Report on sanitation, dispensaries, and jails in Rajputana for 1920, and on vaccination for the year 1920-1921 - 1920-1921
Year: 1920
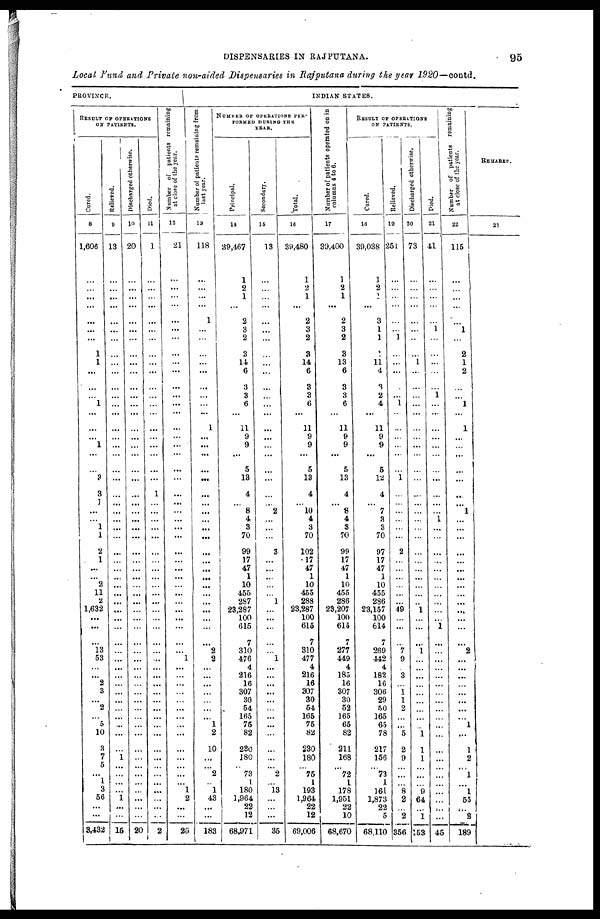
DISPENSARIES IN RAJPUTANA.
95
Local Fund and Private non-aided Dispensaries in Rajputana during the year 1920—contd.
PROVINCE.
RESULT OF OPERATIONS
ON PATIENTS.
Cured.
8
1,606
...
...
...
...
...
...
...
1
1
...
...
...
1
...
...
...
1
...
...
3
3
1
...
...
1
1
2
1
...
...
2
11
2
1,632
...
...
...
13
53
...
...
2
3
...
2
...
5
10
3
7
5
...
1
3
56
...
...
3,432
Relieved.
9
13
...
...
...
...
...
...
...
...
...
...
...
...
...
...
...
...
...
...
...
...
...
...
...
...
...
...
...
...
...
...
...
...
...
...
...
...
...
...
...
...
...
...
...
...
...
...
...
...
...
1
...
...
...
...
1
...
...
15
Discharged otherwise.
10
20
...
...
...
...
...
...
...
...
...
...
...
...
...
...
...
...
...
...
...
...
...
...
...
...
...
...
...
...
...
...
...
...
...
...
...
...
...
...
...
...
...
...
...
...
...
...
...
...
...
...
...
...
...
...
...
...
...
20
Died.
11
1
...
...
...
...
...
...
...
...
...
...
...
...
...
...
...
...
...
...
...
...
1
...
...
...
...
...
...
...
...
...
...
...
...
...
...
...
...
...
...
...
...
...
...
...
...
...
...
...
...
...
...
....
...
...
...
...
...
2
Number of patients remaining
at close of the year.
12
21
...
...
...
...
...
...
...
...
...
...
...
...
...
...
...
...
...
...
...
...
...
...
...
...
...
...
...
...
...
...
...
...
...
...
...
...
...
...
1
...
...
...
...
...
...
...
...
...
...
...
...
...
...
1
2
...
...
25
INDIAN STATES.
Number of patiente remaining from
last year.
13
118
...
...
...
...
1
...
...
...
...
...
...
...
...
...
1
...
...
...
...
...
...
...
...
...
...
...
...
...
...
...
...
...
...
...
...
...
...
2
2
...
...
...
...
...
...
...
1
2
10
...
...
2
...
1
43
...
...
183
NUMBER OF OPERATIONS PER-
FORMED DURING THE
YEAR.
Principal.
14
39,467
1
2
1
...
2
3
2
3
14
6
3
3
6
...
11
9
9
...
5
13
4
...
8
4
3
70
99
17
47
1
10
455
287
23,287
100
615
7
310
476
4
216
16
307
30
54
165
75
82
230
180
...
73
1
180
1,964
22
12
68,971
Secondary.
15
13
...
...
...
...
...
...
...
...
...
...
...
...
...
...
...
...
...
...
...
...
...
...
2
...
...
...
3
...
...
...
...
...
1
...
...
...
...
...
1
...
...
...
...
...
...
...
...
...
...
...
...
2
...
13
...
...
...
35
Total.
16
39,480
1
2
1
...
2
3
2
3
14
6
3
3
6
...
11
9
9
...
5
13
4
...
10
4
3
70
102
17
47
1
10
455
288
23,287
100
615
7
310
477
4
216
16
307
30
54
165
75
82
230
180
...
75
1
193
1,964
22
12
69,006
Number of patients operated on in
columns 4 to 6.
17
39,400
1
2
1
...
2
3
2
3
13
6
3
3
6
...
11
9
9
...
5
13
4
...
8
4
3
70
99
17
47
1
10
455
286
23,207
100
615
7
277
449
4
185
16
307
30
52
165
65
82
211
168
...
72
1
178
1,951
22
10
68,670
RESULT OF OPERATIONS
ON PATIENTS.
Cured.
18
39,038
1
2
1
...
3
1
1
1
11
4
3
2
4
...
11
9
9
...
5
12
4
...
7
3
3
70
97
17
47
1
10
455
286
23,157
100
614
7
269
442
4
182
16
306
29
50
165
65
78
217
156
...
73
1
161
1,873
22
5
68,110
Relieved.
19
251
...
...
...
...
...
...
1
...
...
...
...
...
1
...
...
...
...
...
...
1
...
...
...
...
...
...
2
...
...
...
...
...
...
49
...
...
...
7
9
...
3
...
1 1
2
...
...
5
2
9
...
...
...
8
2
...
...
356
Discharged otherwise.
20
73
...
...
...
...
...
...
...
...
1
...
...
...
...
...
...
...
...
...
...
...
...
...
...
...
...
...
...
...
...
...
...
...
...
1
...
...
...
1
...
...
...
...
...
...
...
...
1
1
1
...
...
9
64
...
153
Pied.
21
41
...
...
...
...
...
1
...
...
...
...
...
1
...
...
...
...
...
...
...
...
...
...
...
1
...
...
...
...
...
...
...
...
...
...
...
1
...
...
...
...
...
...
...
...
...
...
...
...
...
...
...
...
...
...
...
...
...
45
Number of patients remaining
at close of the year.
22
115
...
...
...
...
...
1
...
2
1
2
...
...
1
...
1
...
...
...
...
...
...
...
1
...
...
...
...
...
...
...
...
...
...
...
...
...
...
2
...
...
...
...
...
...
...
...
1
...
1
2
...
1
...
1
55
...
2
189
REMARKS.
23